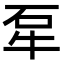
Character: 㸴